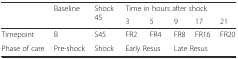
<table><thead><tr><td rowspan="2"></td><td rowspan="2"><b>Baseline</b></td><td rowspan="2"><b>Shock 45</b></td><td colspan="5"><b>Time in hours after shock</b></td></tr><tr><td><b>3</b></td><td><b>5</b></td><td><b>9</b></td><td><b>17</b></td><td><b>21</b></td></tr></thead><tbody><tr><td>Timepoint</td><td>B</td><td>S45</td><td>FR2</td><td>FR4</td><td>FR8</td><td>FR16</td><td>FR20</td></tr><tr><td>Phase of care</td><td>Pre-shock</td><td>Shock</td><td colspan="2">Early Resus</td><td colspan="3">Late Resus</td></tr></tbody></table>